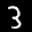
Digit: 3